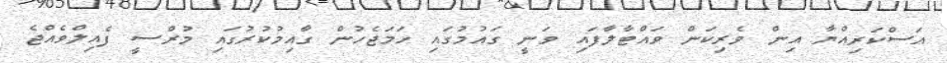
އަސްކަރިއްޔާ އިން ވެރިކަން ވައްޓާލާފައި ވަނީ ގައުމުގައި ހަމަޖެހުން ގާއިމުކުރުގައި މުރްސީ ފެއިލްވެއްޖެ